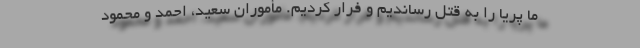
ما پریا را به قتل رساندیم و فرار کردیم. مأموران سعید، احمد و محمود